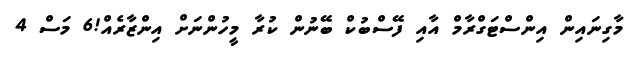
މާގިނައިން އިންސްޓަގްރާމް އާއި ފޭސްބުކް ބޭނުން ކުރާ މީހުންނަށް އިންޒާރެއް!6 މަސް 4